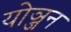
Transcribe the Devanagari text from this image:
योञ्जन